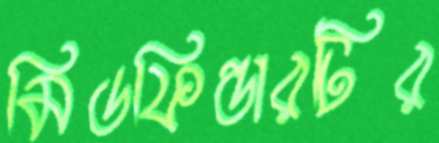
মিডফিল্ডারটির